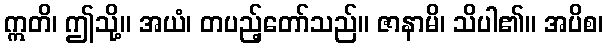
ဣတိ၊ ဤသို့။ အယံ၊ တပည့်တော်သည်။ ဇာနာမိ၊ သိပါ၏။ အပိစ၊